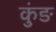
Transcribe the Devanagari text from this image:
कुंङ